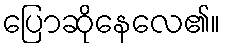
ပြောဆိုနေလေ၏။